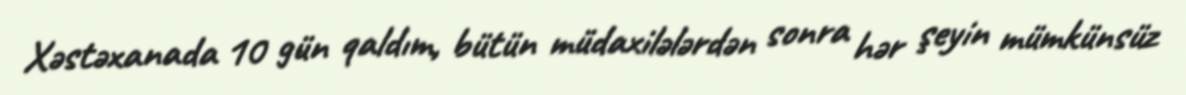
Xəstəxanada 10 gün qaldım, bütün müdaxilələrdən sonra hər şeyin mümkünsüz